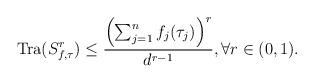
LaTeX: \begin{align*}\operatorname{Tra}(S^r_{f,\tau})\leq \frac{\left(\sum_{j=1}^nf_j(\tau_j)\right)^r}{d^{r-1}},\forall r \in (0,1).\end{align*}